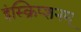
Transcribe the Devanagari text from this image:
इंस्क्रिप्शनम्